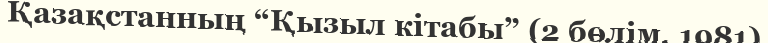
Қазақстанның “Қызыл кітабы” (2 бөлім, 1981)